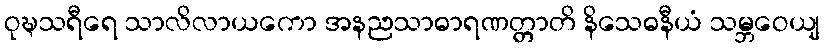
ဝုဍ္ဎသရီရေ သာလိလာယကော အနညသာဓာရဏတ္တာတိ နိသေဓနီယံ သမ္ဘဝေယျ